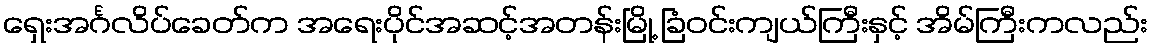
ရှေးအင်္ဂလိပ်ခေတ်က အရေးပိုင်အဆင့်အတန်းမြို့ ခြံဝင်းကျယ်ကြီးနှင့် အိမ်ကြီးကလည်း